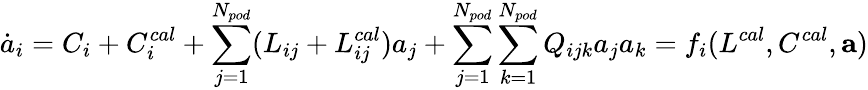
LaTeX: \dot{a}_{i}=C_{i}+C_{i}^{cal}+\sum_{j=1}^{N_{pod}}(L_{ij}+L_{ij}^{cal})a_{j}+\sum_{j=1}^{N_{pod}}\sum_{k=1}^{N_{pod}}Q_{ijk}a_{j}a_{k}=f_{i}(L^{cal},C^{cal},\mathbf{a})